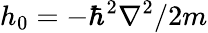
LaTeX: h_{0}=-\hbar^{2}\nabla^{2}/2m